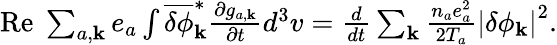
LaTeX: \begin{array}{r}{\mathrm{Re}\; \sum_{a,{\mathbf k}}e_{a}\int\overline{{\delta\phi}}_{\mathbf k}^{\ast}\frac{\partial g_{a,{\mathbf k}}}{\partial t}d^{3}v=\frac{d}{dt}\sum_{\mathbf k}\frac{n_{a}e_{a}^{2}}{2T_{a}}\left|\delta\phi_{\mathbf k}\right|^{2}.}\end{array}